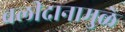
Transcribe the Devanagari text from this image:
बलीदानामुळे